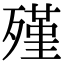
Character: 殣